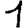
Digit: 1